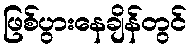
ဖြစ်ပွားနေချိန်တွင်